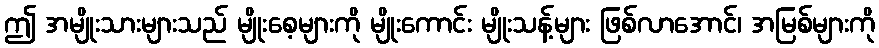
ဤ အမျိုးသားများသည် မျိုးစေ့များကို မျိုးကောင်း မျိုးသန့်များ ဖြစ်လာအောင်၊ အမြစ်များကို